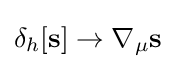
\delta _{h}[\mathbf {s} ]\to \nabla _{\mu }\mathbf {s}